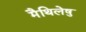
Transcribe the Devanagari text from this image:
मैथिलेषु